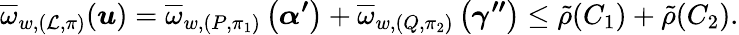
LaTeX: \overline{{\omega}}_{w,(\mathcal{L},\pi)}(\boldsymbol{u})=\overline{{\omega}}_{w,(P,\pi_{1})}\left(\boldsymbol{\alpha^{\prime}}\right)+\overline{{\omega}}_{w,(Q,\pi_{2})}\left(\boldsymbol{\gamma^{\prime\prime}}\right)\leq\tilde{\rho}(C_{1})+\tilde{\rho}(C_{2}).